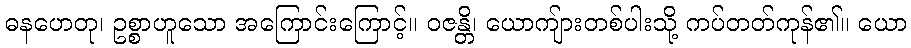
ဓနဟေတု၊ ဥစ္စာဟူသော အကြောင်းကြောင့်။ ဝဇန္တိ၊ ယောကျ်ားတစ်ပါးသို့ ကပ်တတ်ကုန်၏။ ယော